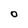
Character: O